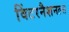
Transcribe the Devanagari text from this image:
विंटरनैशनल्स